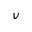
\boldsymbol { v }